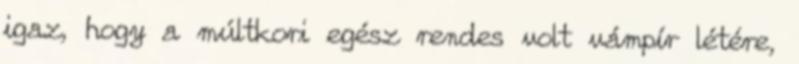
igaz, hogy a múltkori egész rendes volt vámpír létére,